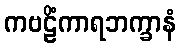
ကဗဠိံကာရဘက္ခာနံ